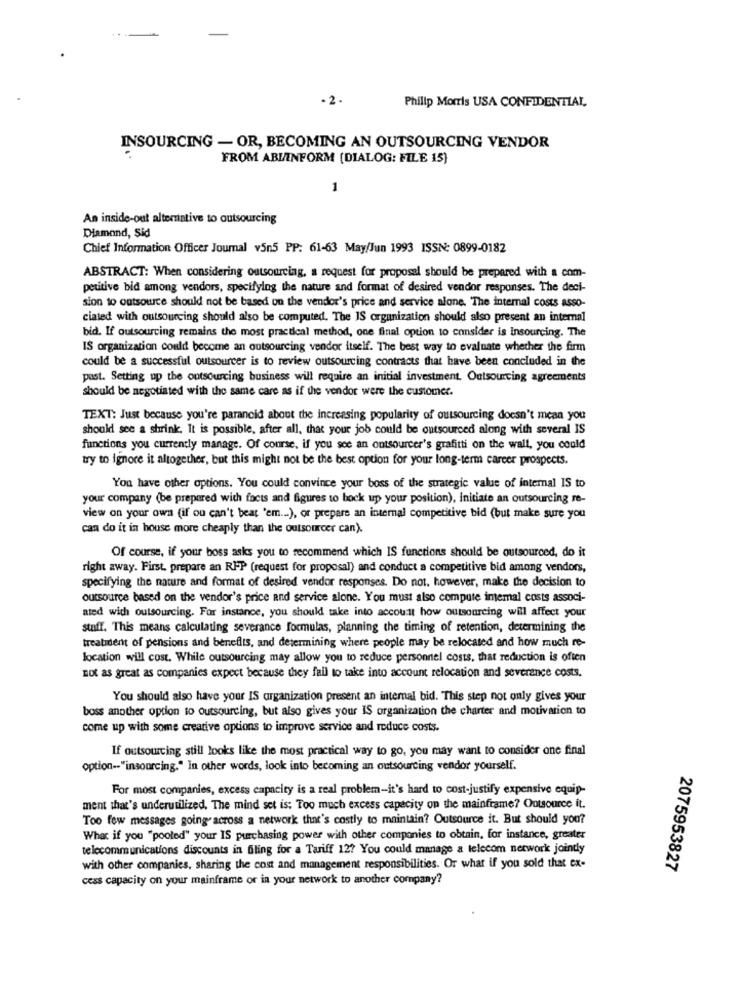
-2.
Philip Morris USA CONFIDENTIAL,
INSOURCING - OR, BECOMING AN OUTSOURCING VENDOR
FROM ABLINFORM (DIALOG: FILE 15}
1
An inside-out alternative to outsourcing
Diamond, Sid
Chief Information Officer Journal v5n5 PP: 61-63 May/Jun 1993 ISSN: 0899-0182
ABSTRACT: When considering outsourcing, a request for proposal should be prepared with a com-
petitive bid among vendors, specifying the nature and format of desired vendor responses. The deci-
sion to outsource should not be based on the vendor's price and service alone. The internal costs asso-
ciated with outsourcing should also be computed. The IS organization should also present an internal
bid. If outsourcing remains the most practical method, one final option to consider is insourcing. The
IS organization could become an outsourcing vendor itself. The best way to evaluate whether the firm
could be a successful outsourcer is to review outsourcing contracts that have been concluded in the
past. Setting up the outsourcing business will require an initial investment. Outsourcing agreements
should be negotiated with the same care as if the vendor were the customer.
TEXT: Just because you're paranoid about the increasing popularity of outsourcing doesn't mean you
should see a shrink, It is possible, after all, that your job could be outsourced along with several IS
functions you currently manage. Of course, if you see an outsourcer's grafitti on the wall, you could
try to ignore it altogether, but this might not be the best option for your long-term career prospects.
You have other options. You could convince your boss of the strategic value of internal IS to
your company (be prepared with facts and figures to bock up your position), initiate an outsourcing re-
view on your own (if ou can't beat 'em ... ), or prepare an internal competitive bid (but make sure you
can do it in house more cheaply than the outsourcer can).
Of course, if your boss asks you to recommend which IS functions should be outsourced, do it
right away. First, prepare an RIP (request for proposal) and conduct a competitive bid among vendors,
specifying the nature and format of desired vendor responses. Do not, however, make the decision to
outsource based on the vendor's price and service alone. You must also compute intemal costs associ-
ated with outsourcing. For instance, you should take into account how outsourcing will affect your
staff. This means calculating severance formulas, planning the timing of retention, determining the
treatment of pensions and benefits, and determining where people may be relocated and how much re-
location will cost. While outsourcing may allow you to reduce personnel costs, that reduction is often
not as great as companies expect because they fall to take into account relocation and severance costs.
You should also have your IS organization present an internal bid. This step not only gives your
boss another option to outsourcing, but also gives your IS organization the charter and motivation to
come up with some creative options to improve service and reduce costs.
If outsourcing still looks like the most practical way to go, you may want to consider one final
option -- "insourcing." In other words, look into becoming an outsourcing vendor yourself.
For most companies, excess capacity is a real problem-it's hard to cost-justify expensive equip-
ment that's underutilized, The mind set is; Too much excess capacity on the mainframe? Outsource it.
Too few messages going" across a network that's costly to maintain? Outsource it. But should you?
What if you "pooled" your IS purchasing power with other companies to obtain, for instance, greater
telecommunications discounts in filing for a Tariff 12? You could manage a telecom network jointly
with other companies, sharing the cost and management responsibilities. Or what if you sold that ex-
2075953827
cess capacity on your mainframe or in your network to another company?